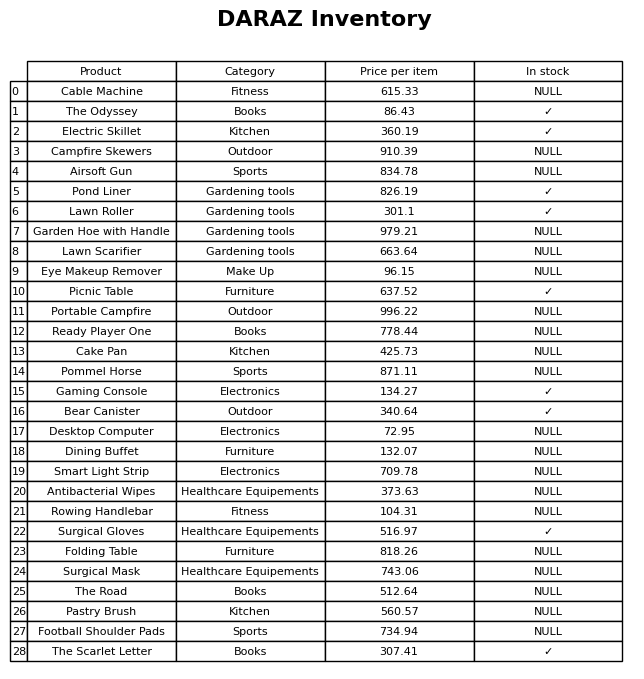
question: What is the price for Cake Pan?
answer: The price of Cake Pan is 425.73.